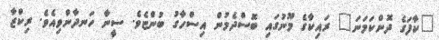
"ކާފަގެ ދޮންކަމަނަ" ރައިކާގެ މޫނުގައި ބޮސްދެމުން އިސްހާގު ބުންޏެވެ. ސީނާ ހަނދާންވިއެވެ. ރިކްޒާ